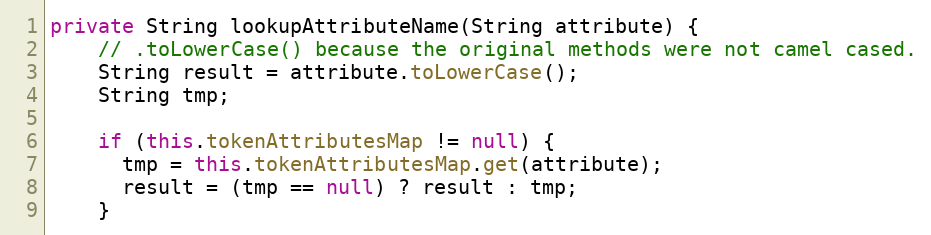
Language: Java
private String lookupAttributeName(String attribute) {
    // .toLowerCase() because the original methods were not camel cased.
    String result = attribute.toLowerCase();
    String tmp;

    if (this.tokenAttributesMap != null) {
      tmp = this.tokenAttributesMap.get(attribute);
      result = (tmp == null) ? result : tmp;
    }